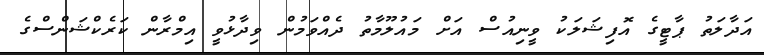
އަދާލަތު ޕާޓީގެ އޮފިޝަލަކު ވީނިއުސް އަށް މައުލޫމާތު ދެއްވަމުން ވިދާޅުވީ އިމްރާން ކަރެކްޝަންސްގެ